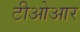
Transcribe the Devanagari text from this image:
टीओआर